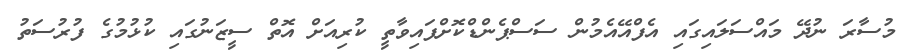
މުސާރަ ނުދޭ މައްސަލައިގައި އެފްއޭއެމުން ސަސްޕެންޑްކޮށްފައިވާތީ ކުރިއަށް އޮތް ސީޒަނުގައި ކުޅުމުގެ ފުރުސަތު